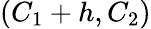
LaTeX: (C_{1}+h,C_{2})